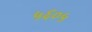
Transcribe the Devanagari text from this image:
५६०५